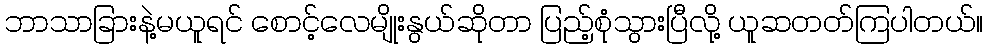
ဘာသာခြားနဲ့မယူရင် စောင့်လေမျိုးနွယ်ဆိုတာ ပြည့်စုံသွားပြီလို့ ယူဆတတ်ကြပါတယ်။